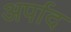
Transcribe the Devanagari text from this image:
अर्पाद